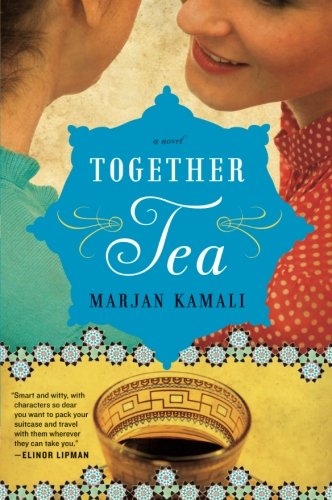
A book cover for Together Tea; Marjan Kamali; Literature & Fiction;